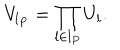
V _ { l _ { P } } = \prod _ { l \in l _ { P } } U _ { l } .